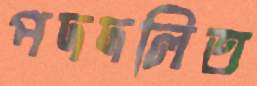
পদদলিত